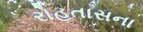
રોહતાસના